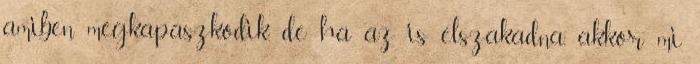
amiben megkapaszkodik, de ha az is elszakadna, akkor mi